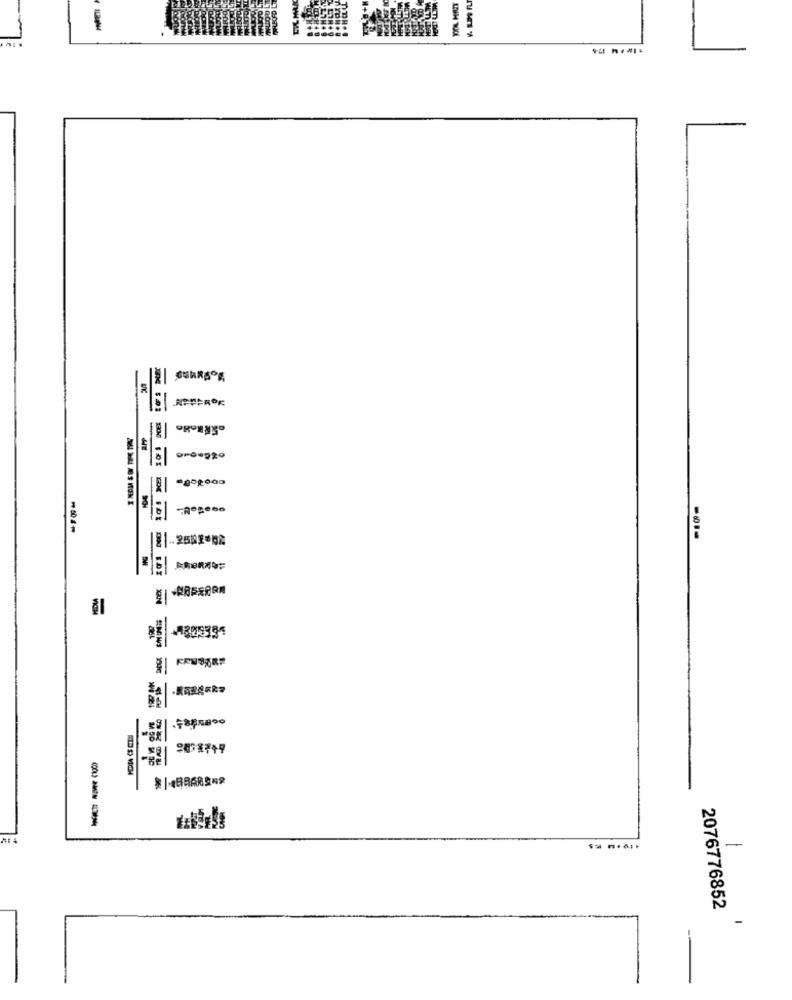
-
119 14 174
oroegg0
.2501-07
----
HEREaR=
А
우선기분개수부
---
1
2076776852
-